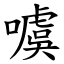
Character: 噳